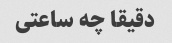
دقیقا چه ساعتی